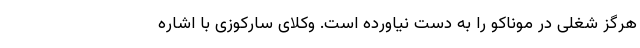
هرگز شغلی در موناکو را به دست نیاورده است. وکلای سارکوزی با اشاره